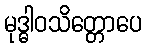
မုဒ္ဓါဝသိတ္တောပေ